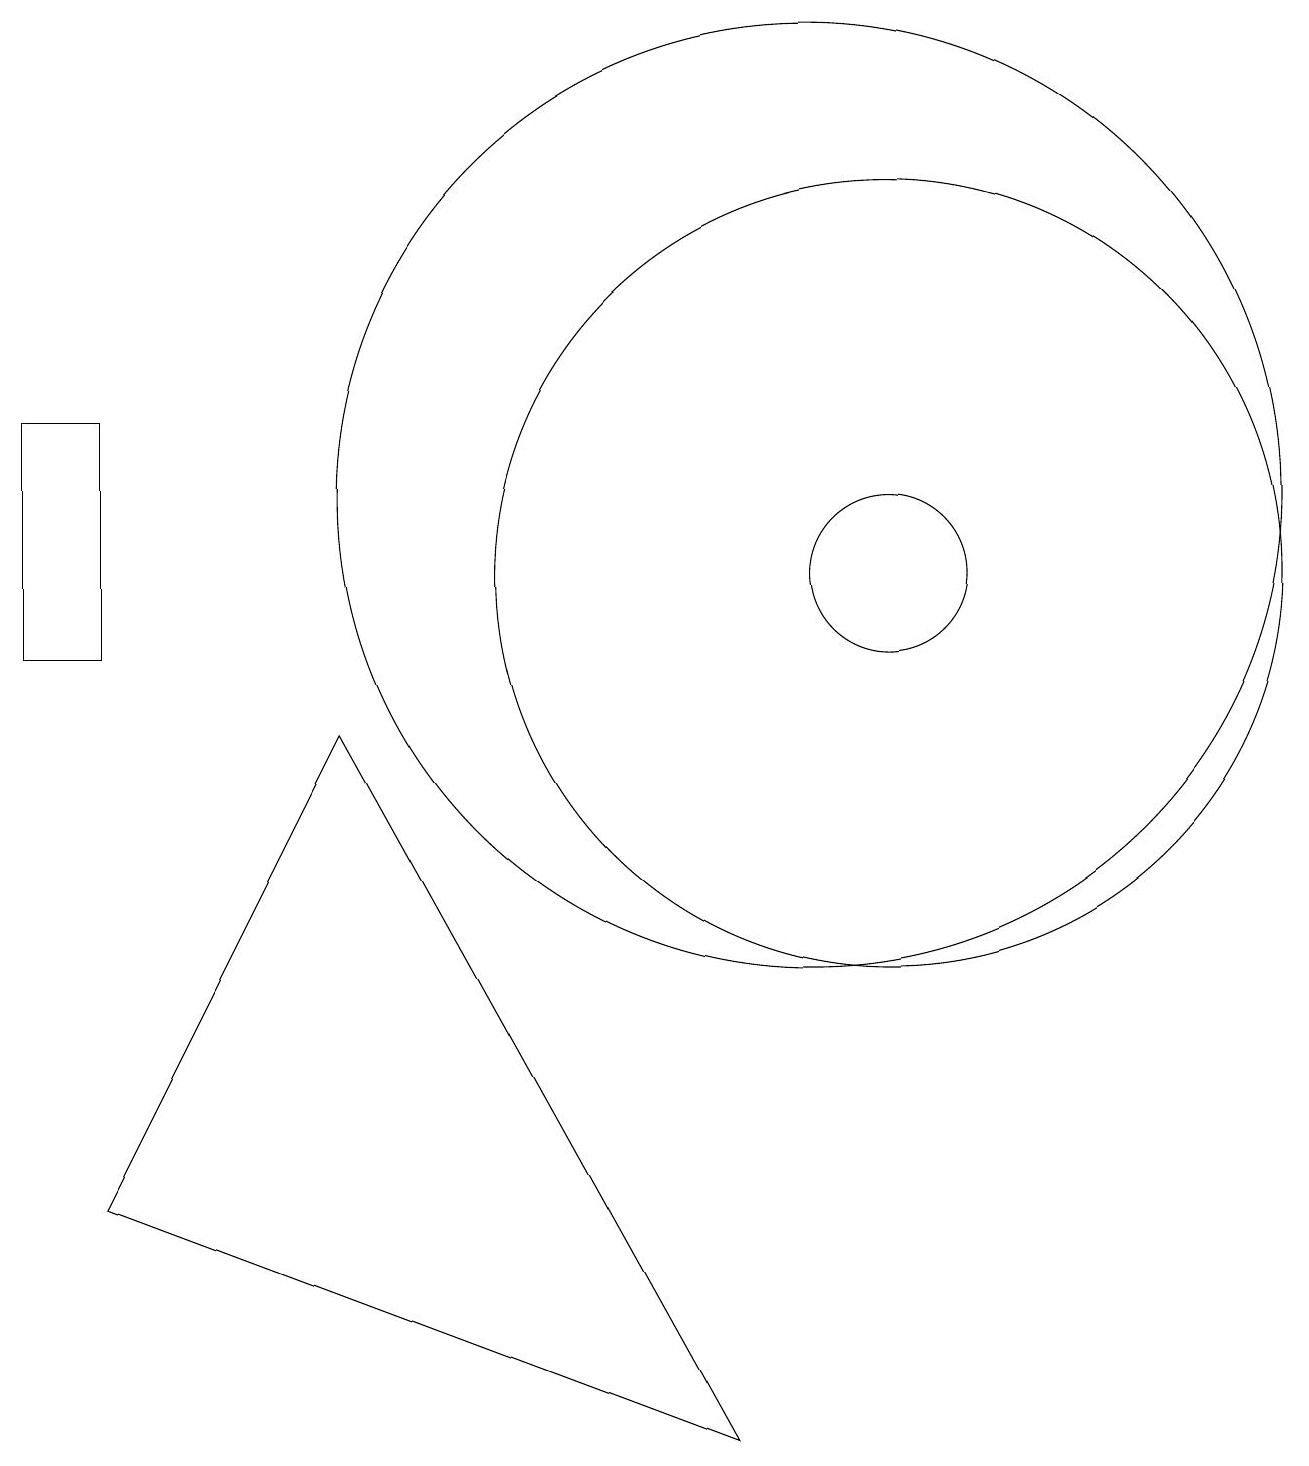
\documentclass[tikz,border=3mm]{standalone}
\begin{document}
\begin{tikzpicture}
\draw (1,3) -- (9,0) -- (4,9) -- cycle;
\draw (1,13) rectangle (0,10);
\draw (11,11) circle (5);
\draw (10,12) circle (6);
\draw (11,11) circle (1);
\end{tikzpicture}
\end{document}